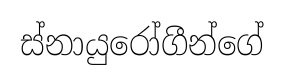
ස්නායුරෝගීන්ගේ